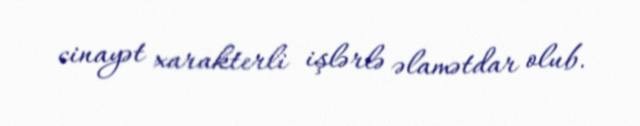
cinayət xarakterli işlərlə əlamətdar olub.